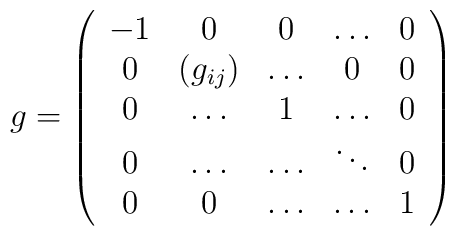
g = \left(\begin{array}{ccccc}-1 & 0 & 0 & \dots & 0 \\0 & (g_{ij} ) & \dots &  0 & 0 \\0& \dots & 1 & \dots & 0 \\0& \dots & \dots& \ddots & 0 \\0& 0 & \dots & \dots & 1\\\end{array} \right)